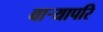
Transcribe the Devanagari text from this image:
वाऱ्यापरि